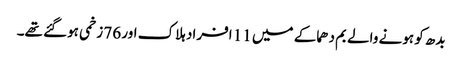
بدھ کو ہونے والے بم دھماکے میں 11 افراد ہلاک اور 76 زخمی ہوگئے تھے۔